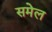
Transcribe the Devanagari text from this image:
समेल